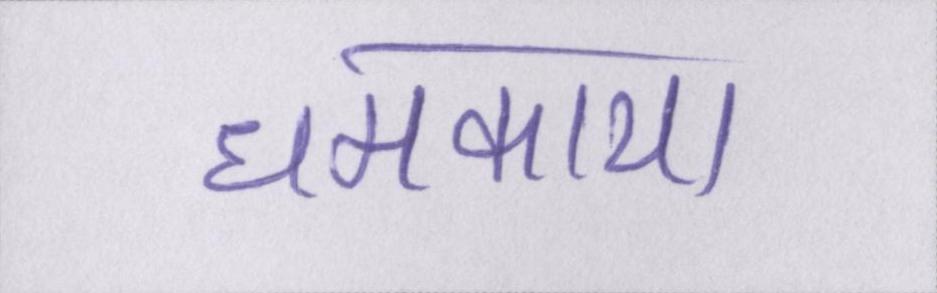
धमकाया